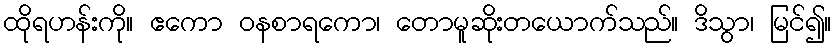
ထိုရဟန်းကို။ ဧကော ဝနစာရကော၊ တောမူဆိုးတယောက်သည်။ ဒိသွာ၊ မြင်၍။